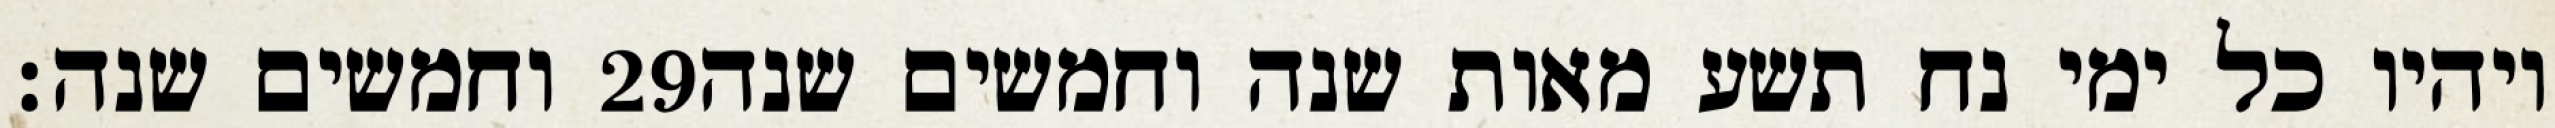
וחמשים שנה׃ ‎29‏ ויהיו כל ימי נח תשע מאות שנה וחמשים שנה